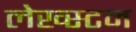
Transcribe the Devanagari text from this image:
लेख्स्टन